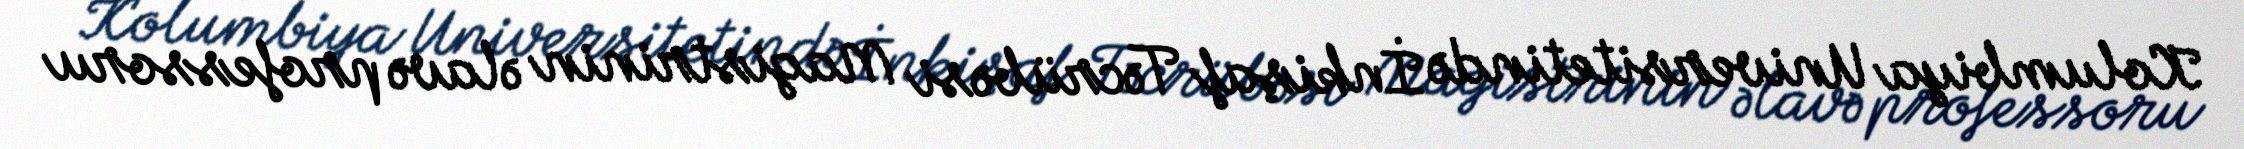
Kolumbiya Universitetində İnkişaf Təcrübəsi Magistrinin əlavə professoru